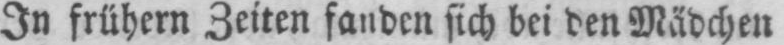
In frühern Zeiten fanden sich bei den Mädchen